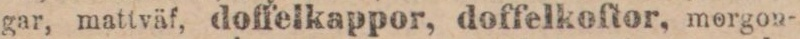
gar, mattväf, doffelkappor, doffelkoftor, morgon-